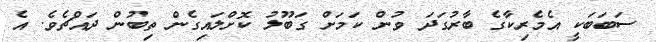
ސަބަބަކީ އެމެރިކާގެ ބާރުގަދަ ވުން ކަމަށް ގަބޫލު ކޮށްލައިގެން ތިބުން ދައްޗެވެ. އެ